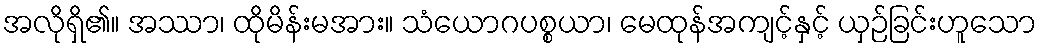
အလိုရှိ၏။ အဿာ၊ ထိုမိန်းမအား။ သံယောဂပစ္စယာ၊ မေထုန်အကျင့်နှင့် ယှဉ်ခြင်းဟူသော